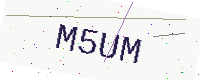
Text: M5UM